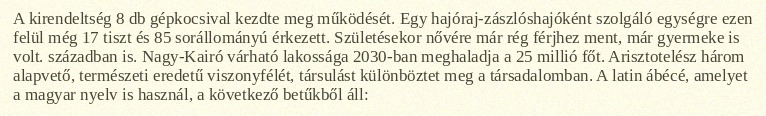
A kirendeltség 8 db gépkocsival kezdte meg működését. Egy hajóraj-zászlóshajóként szolgáló egységre ezen felül még 17 tiszt és 85 sorállományú érkezett. Születésekor nővére már rég férjhez ment, már gyermeke is volt. században is. Nagy-Kairó várható lakossága 2030-ban meghaladja a 25 millió főt. Arisztotelész három alapvető, természeti eredetű viszonyfélét, társulást különböztet meg a társadalomban. A latin ábécé, amelyet a magyar nyelv is használ, a következő betűkből áll: